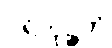
ပရိဘုဉ္ဇတိ